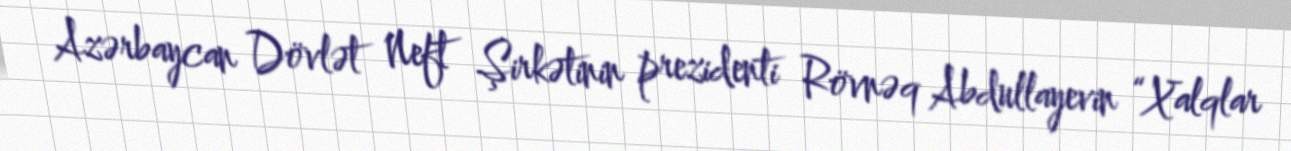
Azərbaycan Dövlət Neft Şirkətinin prezidenti Rövnəq Abdullayevin “Xalqlar